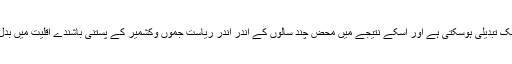
یہ ایک بھیانک تبدیلی ہوسکتی ہے اور اسکے نتیجے میں محض چند سالوں کے اندر اندر ریاست جموں وکشمیر کے پستنی باشندے اقلیت میں بدل سکتے ہیں۔